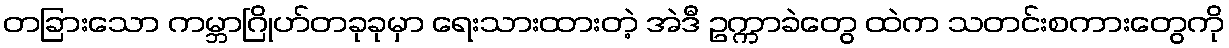
တခြားသော ကမ္ဘာဂြိုဟ်တခုခုမှာ ရေးသားထားတဲ့ အဲဒီ ဥက္ကာခဲတွေ ထဲက သတင်းစကားတွေကို